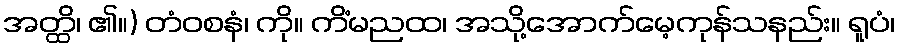
အတ္ထိ၊ ၏။) တံဝစနံ၊ ကို။ ကိံမညထ၊ အသို့အောက်မေ့ကုန်သနည်း။ ရူပံ၊